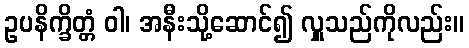
ဥပနိက္ခိတ္တံ ဝါ၊ အနီးသို့ဆောင်၍ လှူသည်ကိုလည်း။